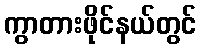
ကွာတားဖိုင်နယ်တွင်